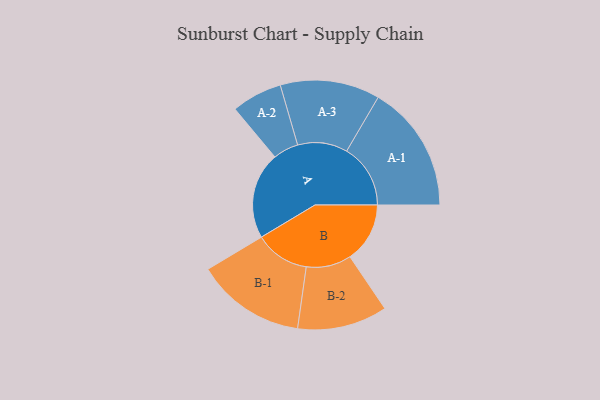
{"axis": {"x": "Segment", "y": "Value"}, "legend": ["", "A", "B"], "data": [{"x": "A", "y": 397, "type": ""}, {"x": "B", "y": 274, "type": ""}, {"x": "A-1", "y": 292, "type": "A"}, {"x": "A-2", "y": 116, "type": "A"}, {"x": "A-3", "y": 228, "type": "A"}, {"x": "B-1", "y": 250, "type": "B"}, {"x": "B-2", "y": 206, "type": "B"}]}